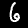
Label: 6